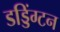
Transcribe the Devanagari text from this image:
डड्डिंग्टन